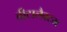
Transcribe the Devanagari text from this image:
बीटालैक्टम